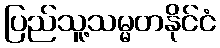
ပြည်သူ့သမ္မတနိုင်ငံ